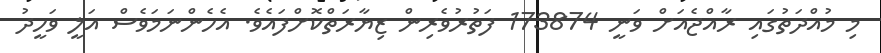
މި މުއްދަތުގައި ރާއްޖެއަށް ވަނީ 173874 ފަތުރުވެރިން ޒިޔާރަތްކޮށްފައެވެ. އެހެންނަމަވެސް އަލީ ވަހީދު